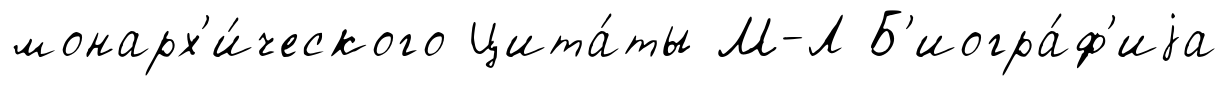
монарх'и́ческого Цита́ты М-Л Б'иогра́ф'иjа